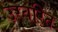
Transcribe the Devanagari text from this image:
उरवरित